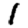
Digit: 1